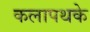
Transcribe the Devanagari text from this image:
कलापथके